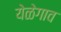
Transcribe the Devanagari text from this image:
येळेगाव